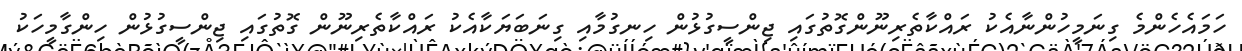
ހަމައެހެންމެ ގިނަމީހުންނާއެކު ރައްކާތެރިނޫންގޮތުގައި ޖިންސީގުޅުން ހިނގުމާއި ގިނަބަޔަކާއެކު ރައްކާތެރިނޫން ގޮތުގައި ޖިންސީގުޅުން ހިންގާމީހަކު